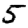
Digit: 5